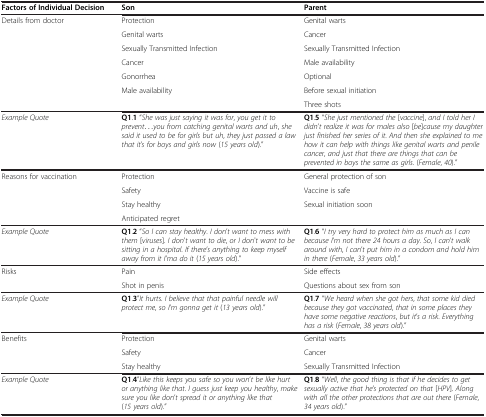
<table><thead><tr><td><b>Factors of Individual Decision</b></td><td><b>Son</b></td><td><b>Parent</b></td></tr></thead><tbody><tr><td rowspan="6">Details from doctor</td><td>Protection</td><td>Genital warts</td></tr><tr><td>Genital warts</td><td>Cancer</td></tr><tr><td>Sexually Transmitted Infection</td><td>Sexually Transmitted Infection</td></tr><tr><td>Cancer</td><td>Male availability</td></tr><tr><td>Gonorrhea</td><td>Optional</td></tr><tr><td>Male availability</td><td>Before sexual initiation</td></tr><tr><td> </td><td> </td><td>Three shots</td></tr><tr><td><i>Example Quote</i></td><td><b>Q1</b>.<b>1 </b>“<i>She was just saying it was for</i>, <i>you get it to prevent</i>...<i>you from catching genital warts and uh</i>, <i>she said it used to be for girls but uh</i>, <i>they just passed a law that it</i>’<i>s for boys and girls now </i>(<i>15 years old</i>).”</td><td><b>Q1</b>.<b>5</b> “<i>She just mentioned the</i> [<i>vaccine</i>], <i>and I told her I didn</i>’<i>t realize it was for males also</i> [<i>be</i>]<i>cause my daughter just finished her series of it</i>. <i>And then she explained to me how it can help with things like genital warts and penile cancer</i>, <i>and just that there are things that can be prevented in boys the same as girls</i>. (<i>Female</i>, <i>40</i>).”</td></tr><tr><td rowspan="3">Reasons for vaccination</td><td>Protection</td><td>General protection of son</td></tr><tr><td>Safety</td><td>Vaccine is safe</td></tr><tr><td>Stay healthy</td><td>Sexual initiation soon</td></tr><tr><td> </td><td>Anticipated regret</td><td> </td></tr><tr><td><i>Example Quote</i></td><td><b>Q1</b>.<b>2 </b>“<i>So I can stay healthy</i>. <i>I don</i>’<i>t want to mess with them </i>[<i>viruses</i>]. <i>I don</i>’<i>t want to die</i>, <i>or I don</i>&#x27;<i>t want to be sitting in a hospital</i>. <i>If there</i>’<i>s anything to keep myself away from it I</i>’<i>ma do it </i>(<i>15 years old</i>).”</td><td><b>Q1</b>.<b>6</b> “<i>I try very hard to protect him as much as I can because I</i>’<i>m not there 24 hours a day</i>. <i>So</i>, <i>I can</i>’<i>t walk around with</i>, <i>I can</i>’<i>t put him in a condom and hold him in there</i> (<i>Female</i>, <i>33 years old</i>).”</td></tr><tr><td>Risks</td><td>Pain</td><td>Side effects</td></tr><tr><td> </td><td>Shot in penis</td><td>Questions about sex from son</td></tr><tr><td><i>Example Quote</i></td><td><b>Q1</b>.<b>3</b>”<i>It hurts</i>. <i>I believe that that painful needle will protect me</i>, <i>so I</i>’<i>m gonna get it</i> (<i>13 years old</i>).”</td><td><b>Q1</b>.<b>7 </b>“<i>We heard when she got hers</i>, <i>that some kid died because they got vaccinated</i>, <i>that in some places they have some negative reactions</i>, <i>but it</i>’<i>s a risk</i>. <i>Everything has a risk </i>(<i>Female</i>, <i>38 years old</i>).”</td></tr><tr><td rowspan="2">Benefits</td><td>Protection</td><td>Genital warts</td></tr><tr><td>Safety</td><td>Cancer</td></tr><tr><td> </td><td>Stay healthy</td><td>Sexually Transmitted Infection</td></tr><tr><td><i>Example Quote</i></td><td><b>Q1</b>.<b>4</b>”<i>Like this keeps you safe so you won</i>’<i>t be like hurt or anything like that</i>. <i>I guess just keep you healthy</i>, <i>make sure you like don</i>’<i>t spread it or anything like that </i>(<i>15 years old</i>).”</td><td><b>Q1</b>.<b>8 </b>“<i>Well</i>, <i>the good thing is that if he decides to get sexually active that he</i>’<i>s protected on that</i> [<i>HPV</i>]. <i>Along with all the other protections that are out there </i>(<i>Female</i>, <i>34 years old</i>).”</td></tr></tbody></table>